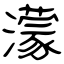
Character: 濛